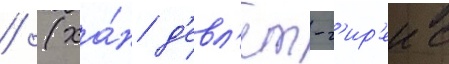
/ (ха́н д'евл'ет-г'ир'еи с